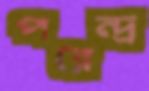
পরেন্দ্র